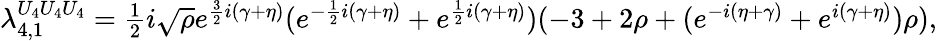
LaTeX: \begin{array}{r}{\lambda_{4,1}^{U_{4}U_{4}U_{4}}=\frac{1}{2}i\sqrt{\rho}e^{\frac{3}{2}i(\gamma+\eta)}(e^{-\frac{1}{2}i(\gamma+\eta)}+e^{\frac{1}{2}i(\gamma+\eta)})(-3+2\rho+(e^{-i(\eta+\gamma)}+e^{i(\gamma+\eta)})\rho),}\end{array}